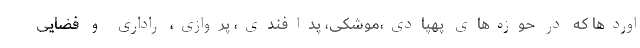
اوردها که در حوزه‌های پهپادی،موشکی، پدافندی، پروازی، راداری و فضایی